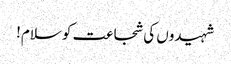
شہیدوں کی شجاعت کو سلام!